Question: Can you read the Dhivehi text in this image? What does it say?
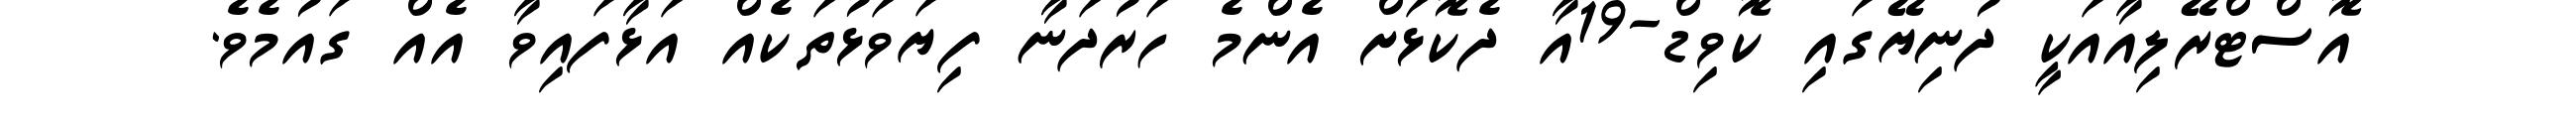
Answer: އޮސްޓްރޭލިއާއަކީ ދުނިޔޭގައި ކޮވިޑް-19އާ ދެކޮޅަށް އެންމެ ހަރުދަނާ ފިޔަވަޅުތަކެއް އަޅާފައިވާ އެއް ގައުމެވެ.